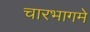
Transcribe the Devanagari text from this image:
चारभागमे